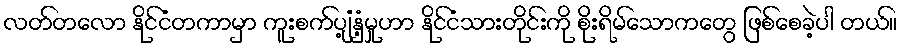
လတ်တလော နိုင်ငံတကာမှာ ကူးစက်ပျံ့နှံ့မှုဟာ နိုင်ငံသားတိုင်းကို စိုးရိမ်သောကတွေ ဖြစ်စေခဲ့ပါ တယ်။